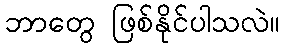
ဘာတွေ ဖြစ်နိုင်ပါသလဲ။